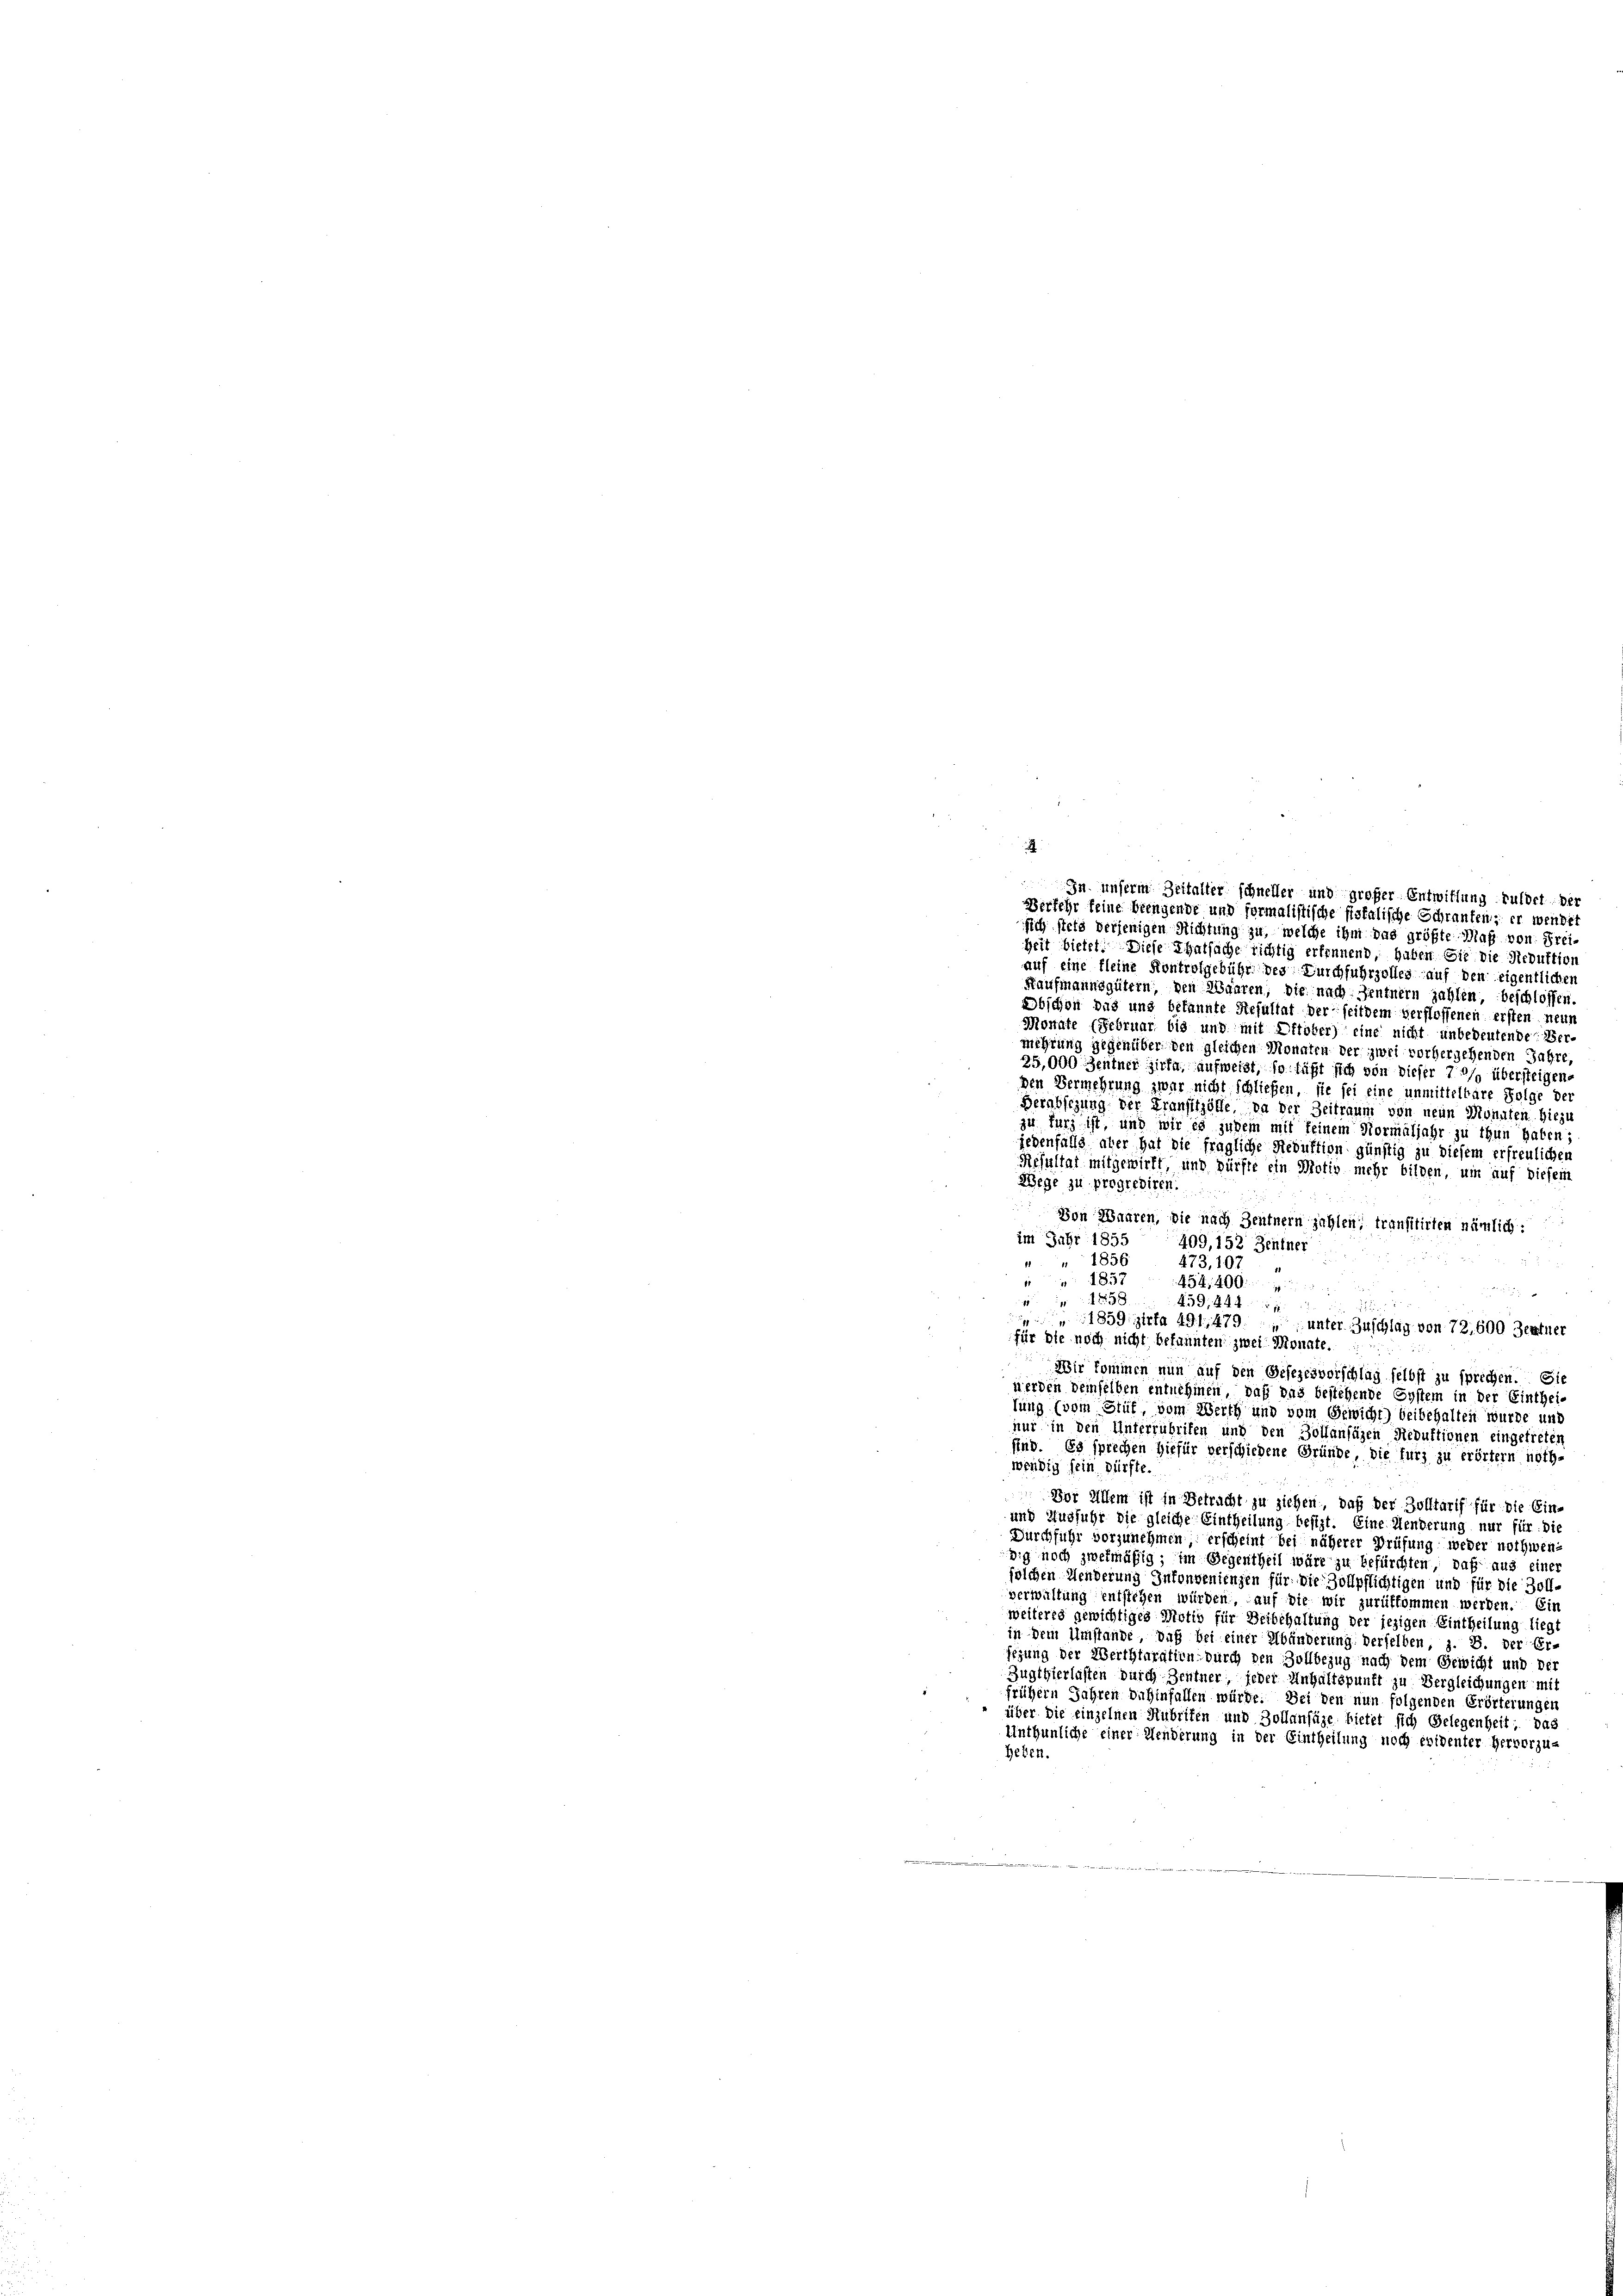
In unserm Zeitalter schneller und großer Entwitlung guldet, der
Verkehr seine beengende und formalistische fiskalische Schranken; er wendet
fich stets derjenigen Richtung zu, welche ihm das größte Maß von Frei-
heit bietet. Diese Thatsache richtig erkennend, haben Sie die Reduktion
auf eine kleine Kontrolgebühr des Durchfuhrzolles auf den eigentlichen
Kaufmannsgütern, den Waaren, die nach Zentnern zahlen, beschlossen.
Obschon das und bekannte Resultat derseitdem Verflossenen ersten neue
Monate (Februar bis und mit Oktober) eine nicht unbedeutende Ver-
mehrung gegenüber den gleichen Monnten der zwei vorhergehenden Jahre
25,000 Zentner Zirka, aufweist, so läßt sich von dieser 7/9 übersteigen,
den Vermehrung zwar nicht schließen, sie sei eine unmittelbare Folge der
Verabsezung der Fransitzölle, da der Zeitraum von neun Monaten hiezu
zu kurz ist, und wir es judem mit keinem Normaljahr zu thun haben:
jedenfalls, aber hat die fragliche Reduktion günstig zu diesem erfreulicher
Resultat mitgewirkt, und dürfte ein Motiv mehr bilden, um auf diesem
Wege zu progrediren.
Von Waaren, die nach Zentnern zahlen, transitirten nämlich:
im Jahr 1855
409, 152 Zentner
" 1856
473, 102
 1837
434,400

1858
a
439, 444
1859: zirka 491. 479, unter Zuschlag von 72. 600 Zentner
für die noch nicht bekannten zwei Monate.
Wir kommen nun auf den Gesezesvorschlag selbst zu sprechen. Sie
werden demselben entnehmen, daß das bestehende System in der Einthei-
tung (vom Stüt, vom Werth und vom Gewicht) beibehalten wurde und
nur in den Unterrubriten und den Zollanfügen Reduktionen eingetreten
sind. Es sprechen Hiefür verschiedene Gründe, die furz zu erörtern nöthwendig sein pürfte.
Dor Allem ist in Betracht zu ziehen, daß der Zolltarif für die Ein-
und Ausfuhr die gleiche Eintheilung besizt. Eine Menderung nur für die
Durchführ vorzunehmen; erscheint bei näherer Prüfung weder nothwendig noch zwekmäßig; im Gegentheil wäre zu befürchten, daß aus einer
solchen Menderung Inkonvenienzen für die Zollpflichtigen und für die Zoll-
verwaltung entstehen würden, auf die wir zurükkommen werden. Ein
weiteres gewichtiges Motiv für Beibehaltung der jezigen Eintheilung lieg
in dem Umstände, daß bei einer Abänderung derselben, z. B. der Er-
sezung der Werthtaration durch den Zollbezug nach dem Gewicht und der
Zugthierlasten durch Zentner, jeder Unhaltspunkt zu Vergleichungen mit
frühern Jahren dahinfallen würde. Bei den nun folgenden Erörterungen
über die einzelnen Hubrifen und Zollanfüge bietet sich Gelegenheit: das
Unthunliche einer Menderung in der Eintheilung noch evidenter Hervorzu-
heben.